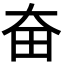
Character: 奋